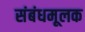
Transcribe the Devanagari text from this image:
संबंधमूलक